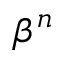
\beta ^ { n }